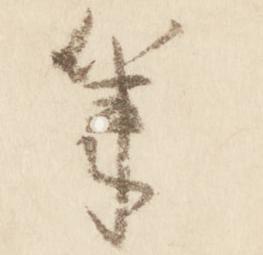
筆